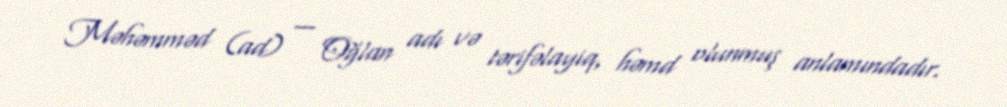
Məhəmməd (ad) — Oğlan adı və tərifəlayiq, həmd olunmuş anlamındadır.